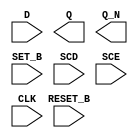
module sky130_fd_sc_hs__sdfbbp (
    //# {{data|Data Signals}}
    input  D      ,
    output Q      ,
    output Q_N    ,

    //# {{control|Control Signals}}
    input  RESET_B,
    input  SET_B  ,

    //# {{scanchain|Scan Chain}}
    input  SCD    ,
    input  SCE    ,

    //# {{clocks|Clocking}}
    input  CLK
);

    // Voltage supply signals
    supply1 VPWR;
    supply0 VGND;

endmodule